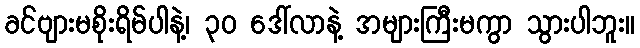
ခင်ဗျားမစိုးရိမ်ပါနဲ့၊ ၃၀ ဒေါ်လာနဲ့ အများကြီးမကွာ သွားပါဘူး။